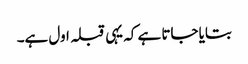
بتایا جاتا ہے کہ یہی قبلہ اول ہے۔